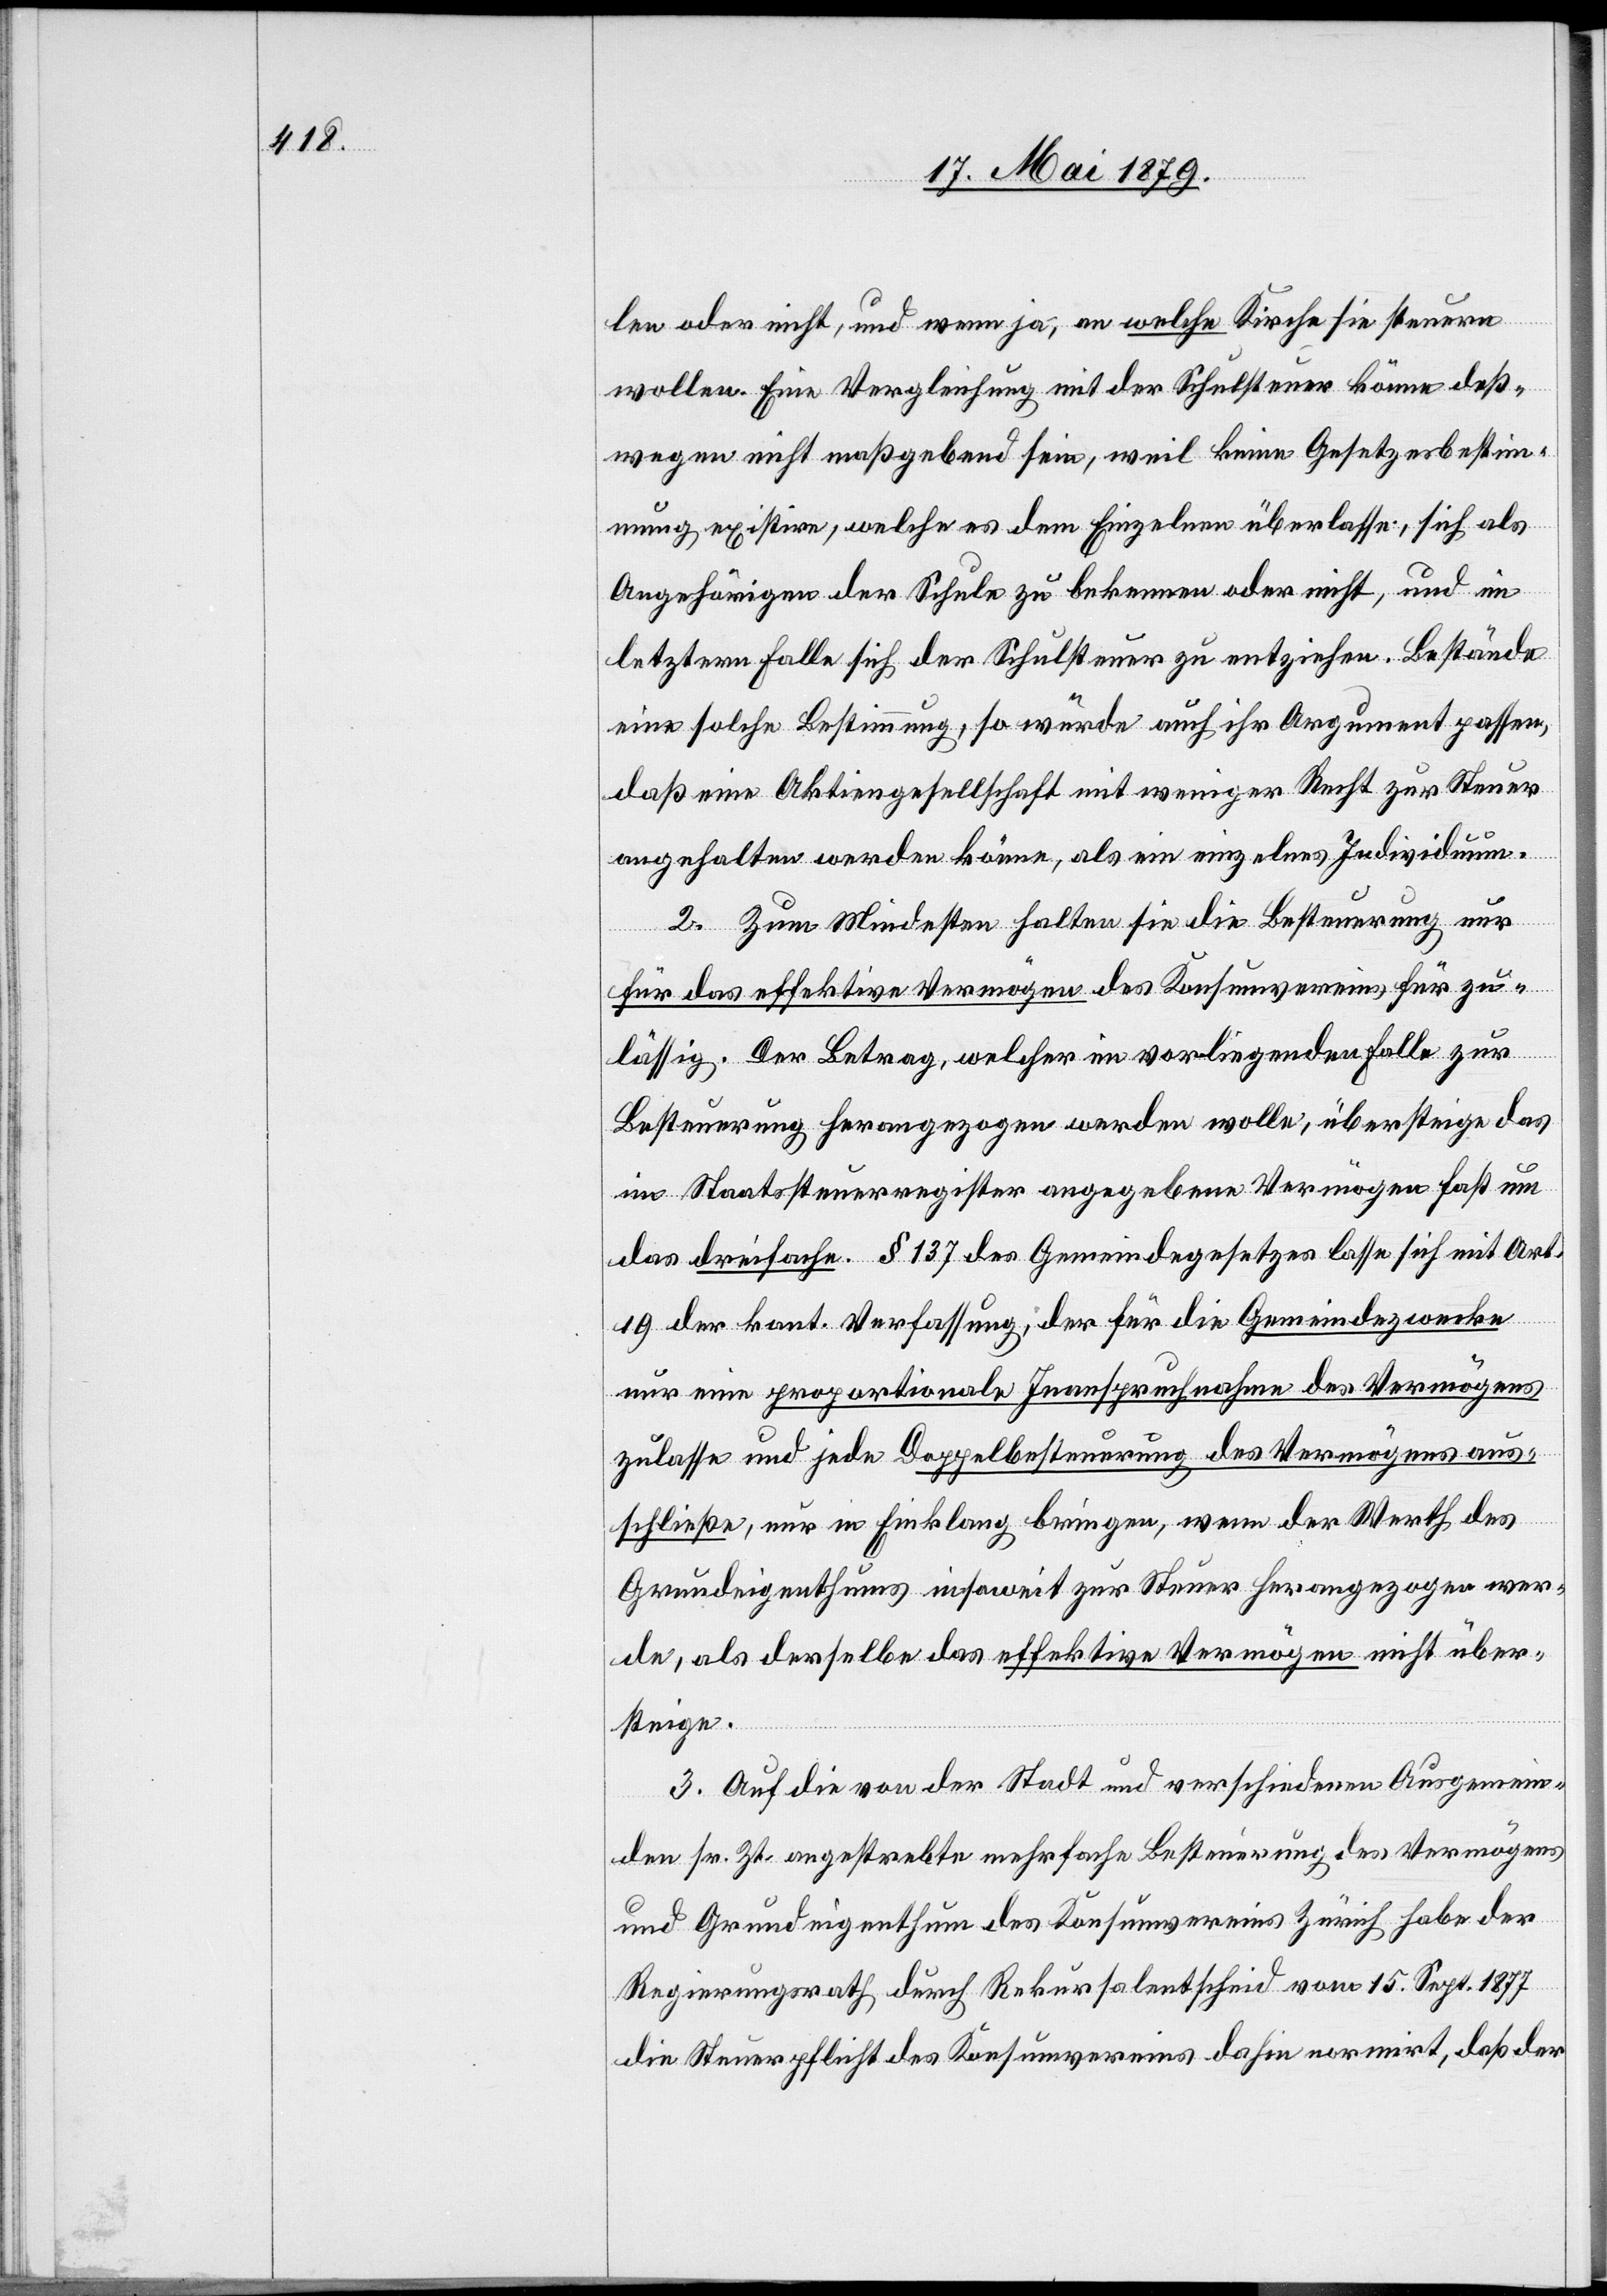
len oder nicht, und wenn ja, an welche Kirche sie steuern
wollen. Eine Vergleichung mit der Schulsteuer könne deß¬
wegen nicht maßgebend sein, weil keine Gesetzesbestim¬
mung existire, welche es dem Einzelnen überlasse, sich als
Angehörigen der Schule zu bekennen oder nicht, und im
letztern Falle sich der Schulsteuer zu entziehen. Bestände
eine solche Bestimmung, so würde auch ihr Argument passen,
daß eine Aktiengesellschaft mit weniger Recht zur Steuer
angehalten werden könne, als ein einzelnes Individuum.
2. Zum Mindesten halten sie die Besteuerung nur
für das effektive Vermögen des Konsumvereins für zu¬
lässig. Der Betrag, welcher im vorliegenden Falle zur
Besteuerung herangezogen werden wolle, übersteige das
im Staatssteuerregister angegebene Vermögen fast um
das dreifache. § 137 des Gemeindegesetzes lasse sich mit Art.
19 der kant. Verfassung, der für die Gemeindezwecke
nur eine proportionale Inanspruchnahme des Vermögens
zulasse und jede Doppelbesteuerung des Vermögens aus¬
schließe, nur in Einklang bringen, wenn der Werth des
Grundeigenthums insoweit zur Steuer herangezogen wer¬
de, als derselbe das effektive Vermögen nicht über¬
steige.
3. Auf die von der Stadt und verschiedenen Ausgemein¬
den sr. Zt. angestrebte mehrfache Besteuerung des Vermögens
und Grundeigenthum des Konsumvereins Zürich habe der
Regierungsrath durch Rekursalentscheid vom 15. Sept. 1877
die Steuerpflicht des Konsumvereins dahin normirt, daß der